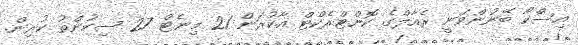
އިސްކޯ ބޭނުންވަނީ ރެއާލްގެ ކޮންޓްރެކްޓް އާކުރަން 21 މިނެޓް 27 ސިކުންތު ކުރިން.